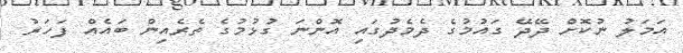
އަމަލު ނުކޮށް ދޭދޭ ގައުމުގެ ދެމެދުގައި އޮންނަ ގުޅުމުގެ ތެރެއިން ބައެއް ފަހަރު